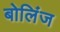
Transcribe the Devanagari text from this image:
बोलिंज